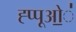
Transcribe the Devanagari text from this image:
ह्प्पूओ॒॒॒॑